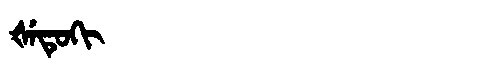
Manchu: ᡧᡝᡨᡠᡴᡳ
Romanization: ŠETUKI